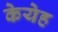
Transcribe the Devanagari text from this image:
केयेह